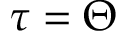
\tau = \Theta